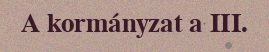
A kormányzat a III.